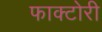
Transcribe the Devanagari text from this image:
फाक्टोरी